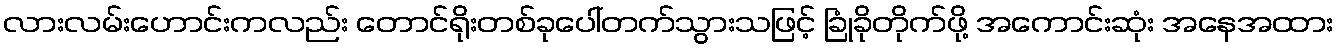
လားလမ်းဟောင်းကလည်း တောင်ရိုးတစ်ခုပေါ်တက်သွားသဖြင့် ခြုံခိုတိုက်ဖို့ အကောင်းဆုံး အနေအထား